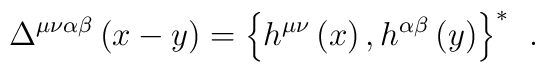
\Delta^{\mu \nu \alpha \beta }\left( x-y\right) =\left\{ h^{\mu \nu }\left(x\right) ,h^{\alpha \beta }\left( y\right) \right\} ^{*}\;\,.